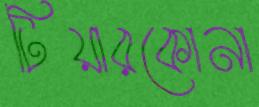
টিয়ারকোনা